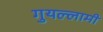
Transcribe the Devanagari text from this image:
गुयल्लामी